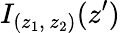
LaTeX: I_{(z_{1},\, z_{2})}(z^{\prime})